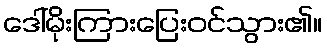
ဒေါ်မိုးကြားပြေးဝင်သွား၏။